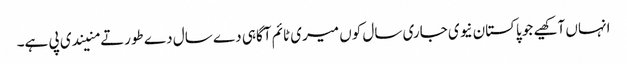
انہاں آکھیے جو پاکستان نیوی جاری سال کوں میری ٹائم آگاہی دے سال دے طورتے منیندی پی ہے۔